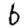
Digit: 6